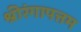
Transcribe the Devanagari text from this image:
श्रीरंगापत्तम